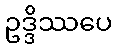
ဥဒ္ဒိဿပေ